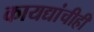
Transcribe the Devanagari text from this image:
कायद्यांचीही